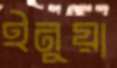
ইনুয়া